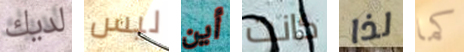
لديك ليس أين كانت لذا كما